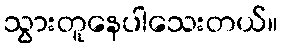
သွားတူနေပါသေးတယ်။